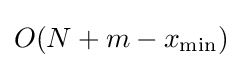
O(N+m-x_{\min })